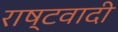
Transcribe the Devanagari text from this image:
राष्टवादी